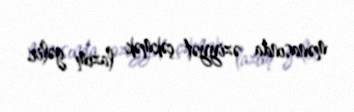
mənasında əziyyət çəkmək lazım gəlir.